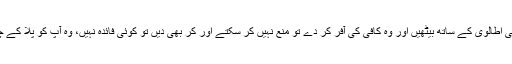
آپ اگر کسی اطالوی کے ساتھ بیٹھیں اور وہ کافی کی آفر کر دے تو منع نہیں کر سکتے اور کر بھی دیں تو کوئی فائدہ نہیں، وہ آپ کو پلا کے چھوڑے گا۔